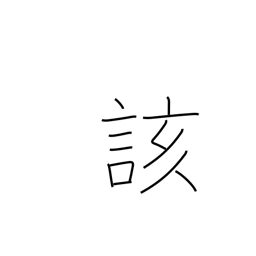
Meaning: above-stated